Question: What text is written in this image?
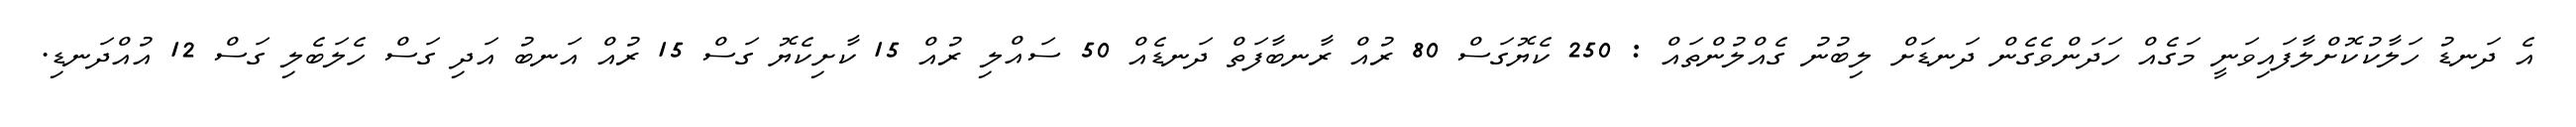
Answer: އެ ދަނޑު ހަލާކުކޮށްލާފައިވަނީ މަގެއް ހަދަންވެގެން ދަނޑަށް ލިބުނު ގެއްލުންތައް : 250 ކެޔޮގަސް 80 ރުއް ރާނބާފަތް ދަނޑެއް 50 ސައްލި ރުއް 15 ކާށިކެޔޮ ގަސް 15 ރުއް އަނބު އަދި ގަސް ހެލަބެލި ގަސް 12 އުއްދަނޑި.